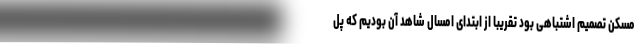
مسکن تصمیم اشتباهی بود تقریبا از ابتدای امسال شاهد آن بودیم که پل